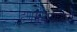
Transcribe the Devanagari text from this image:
हणमंतामामाने